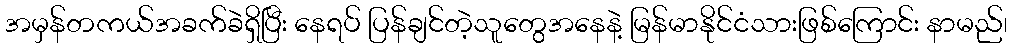
အမှန်တကယ်အခက်ခဲရှိပြီး နေရပ် ပြန်ချင်တဲ့သူတွေအနေနဲ့ မြန်မာနိုင်ငံသားဖြစ်ကြောင်း နာမည်၊